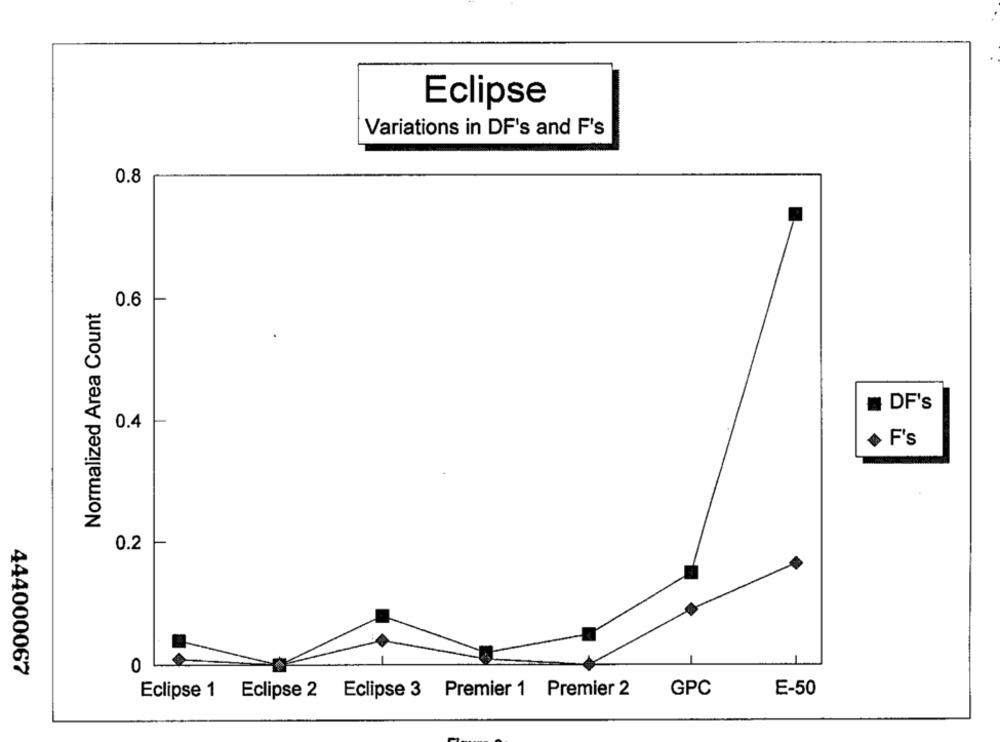
Eclipse
Variations in DF's and F's
0.8
Normalized Area Count
0.6
DF's
0.4
F's
0.2
0
444000067
Eclipse 1 Eclipse 2 Eclipse 3 Premier 1 Premier 2
GPC
E-50